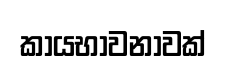
කායභාවනාවක්